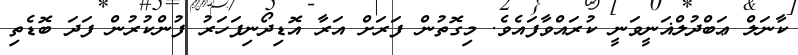
ކާނަލް ޢަބްދުލްޣަނީވަނީ ކުރައްވާފައެވެ. މިގޮތުން ފަރަށް އަރާ އޮޑިދޯނިފަހަރު ފުންކުރުން ފަދަ ބޮޑެތި